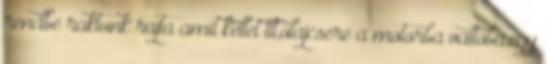
rendbe raktunk rajta amit kellet tlt,olajcsere a motorba váltóba,egy